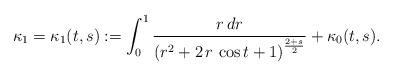
LaTeX: \begin{align*}\kappa_1=\kappa_1(t,s):=\int_0^1\frac{r\,dr}{{\left( {r}^{2}+2\,r\,\cos t+1\right) }^{\frac{2+s}{2}}}+ \kappa_0(t,s).\end{align*}